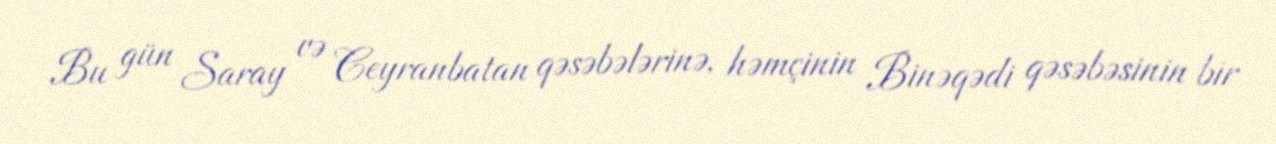
Bu gün Saray və Ceyranbatan qəsəbələrinə, həmçinin Binəqədi qəsəbəsinin bir